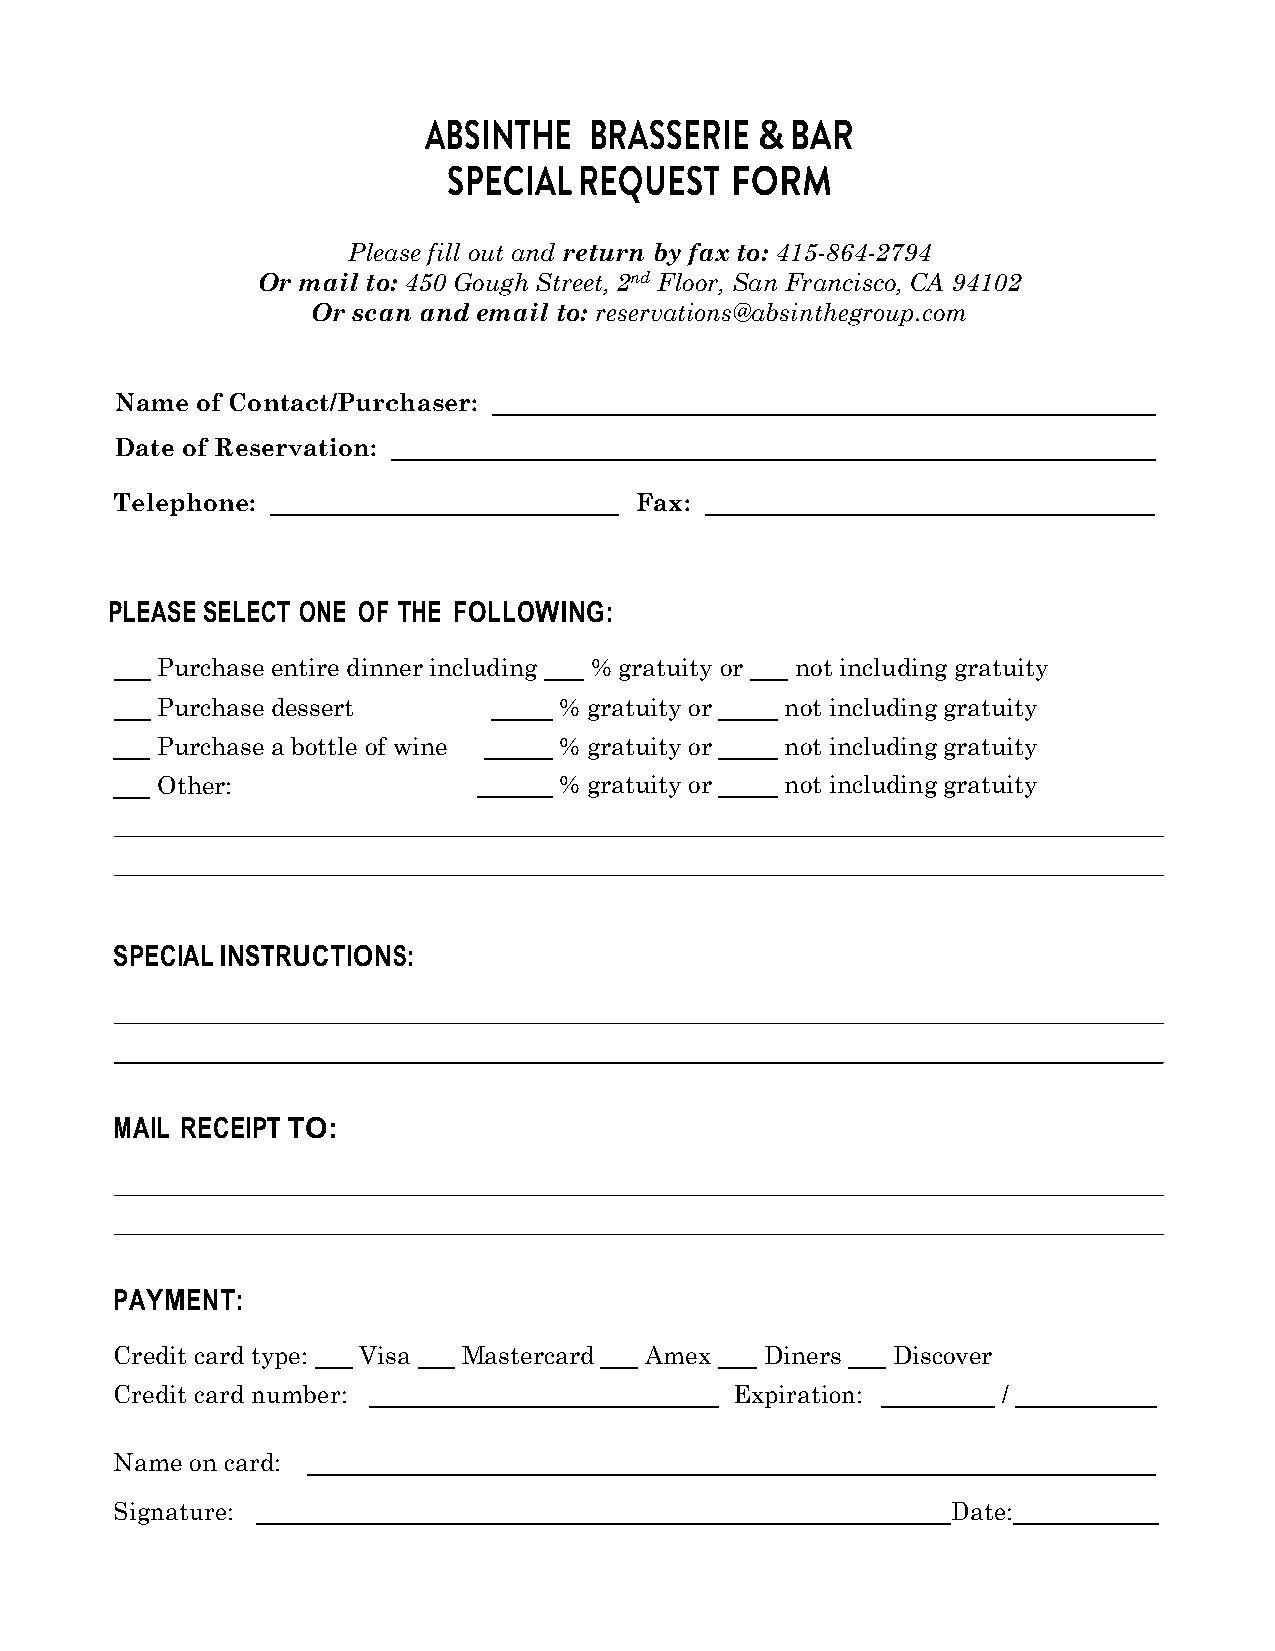
ABSINTHE   BRASSERIE  & BAR
 SPECIAL REQUEST   FORM
 Please fill out and return by fax to: 415-864-2794
 Or mail to: 450 Gough Street, 2nd Floor, San Francisco, CA 94102
 Or scan and email to: reservations@absinthegroup.com
 Name of Contact/Purchaser:
 Date of Reservation:
 Telephone:                        Fax:
 PLEASE SELECT ONE OF THE FOLLOWING:
 Purchase entire dinner including % gratuity or not including gratuity
 Purchase dessert           % gratuity or  not including gratuity
 Purchase a bottle of wine  % gratuity or  not including gratuity
 Other:                     % gratuity or  not including gratuity
 SPECIAL INSTRUCTIONS:
 MAIL RECEIPT TO:
 PAYMENT:
 Credit card type: Visa Mastercard  Amex    Diners  Discover
 Credit card number:                     Expiration:       /
 Name on card:
 Signature:                                             Date: